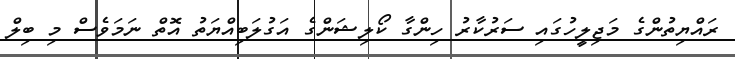
ރައްޔިތުންގެ މަޖިލީހުގައި ސަރުކާރު ހިންގާ ކޯލިޝަންގެ އަގުލަބިއްޔަތު އޮތް ނަމަވެސް މި ބިލް